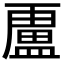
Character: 𭾐